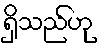
ရှိသည်ဟု